Annual report on the health of the army in India
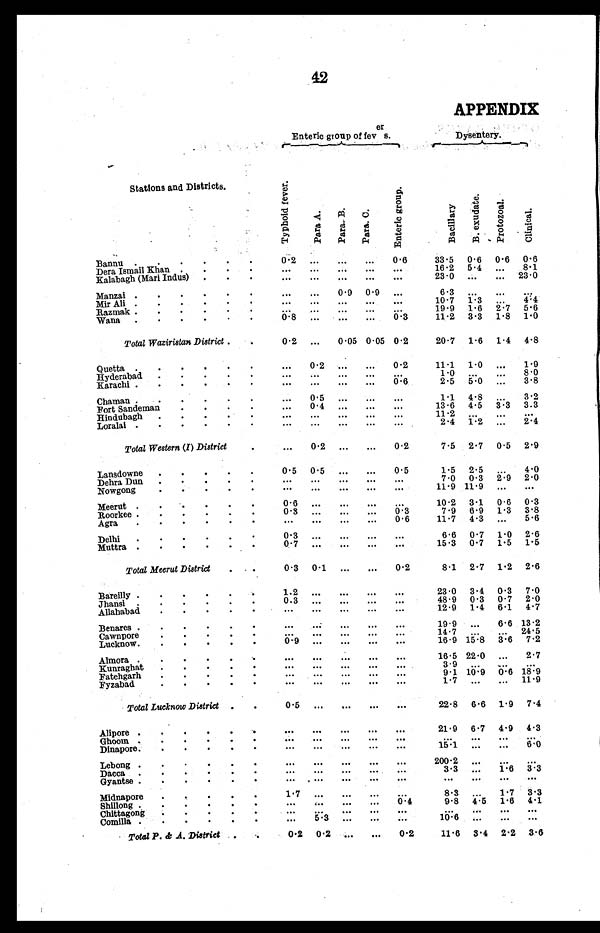
42
APPENDIX
Enteric group of fevers.
.
Dysentery.
Stations and Districts.
T y p h o i d f e v e r
Part.A.
Part.B.
Part.C.
E n t e r i c g r o u p
Ba c i l l a r y
B. exudat e
Pr ot ozoal
Cl i ni c al
Bannu .
. . . . .
Dera Ismail Khan . . . .
Kalabagh (Mari Indus)
. . .
0.2
. . .
...
"
...
...
...
...
...
...
...
...
0.6
...
...
33.5
16.2
23.0
0 . 6
5 . 4
...
0 . 6
...
...
0 . 6
8.1
23.0
Manzai .
.
.
.
.
.
Mir Ali .
. . . . .
Razmak .
.
.
. .
Wana
.
.
.
.
.
.
. . .
...
0.8
...
...
..::
0 .9
...
.
0.9
...
:::
. . .
...
0.3
6.3
10.7
19 .9
11.2
. .
1.. 3
1 . 6
3 . 3
...
. .
2 . 7
1 . 8
V4
5.6
1.0
Total Waziristan District .
0.2
...
0.05 0 . 05 0 . 2
20.7
1 . 6
1 . 4
4.8
Quetta .
.
.
. . .
Hyderabad.
.
.
.
.
Karachi .
.
.
.
.
.
...
...
. . .
0.2
...
. . .
...
...
. . .
...
...
. . .
0.2
...
0.6
11.1
1.0
2.5
1 . 0
.
5 .
. . .
...
1.9
8.0
3.8
Chaman .
.
Fort Sandeman
.
. . .
Hindubagh
.
.
.
Loralai .
.
.
.
.
.
...
..
...
...
...
...
...
...
...
...
1.1
13.6
11 .2
2.4
4 . 8
4 . 5
1 . 2
..
. ..
3 . 3
...
...
3.2
3.3
2.4
Total Western (I) District
...
0.2
...
...
0.2
7.5
2 . 7
0 . 5
2.9
Lansdowne
.
.
.
.
.
Dehra Dun
.
.
.
.
.
Nowgong
.
.
.
.
.
0.5
... .
0.5.
...
. . .
...
...
. . .
...
...
. ..
0.5
...
...
1.5
7.0
11.9
2.5
0.3
11.9
. .
2 . 9
4.0
2 . 0
Meerut .....
.
Roorkee .
.
.
.
.
.
Agra
.
.
.
.
.
.
0.3
...
...
...
0.3
10.2
7.9
11.7
3 . 1
6 . 9
4.3
0 . 6
13
...
0 . 3
3.8
5.6
Delhi
.
.
.
.
.
.
Muttra .
.
.
.
.
.
0.7
...
. . .
. . .
...
6.6
15.3
0.7
0.7
1 . 0
1 . 5
2 . 6
1.5
Total Meerut District
. . .
0.3
0 . 1
...
...
0.2
8.1
2 . 7
1 . 2
2.6
Bareilly .
.
.
.
Jhansi .
.
.
.
.
Allahabad
.
.
.
.
.
1.2
0.3
...
...
...
...
...
23 .0
48.9
12.9
3 . 4
0 . 3
1.1
0 . 3
0 . 7
6 . 1
7.0
2.0
4.7
Benares .
.
.
.
.
.
Cawnpore
.
.
.
.
.
Lucknow.
.
.
.
.
.
19.9
14.7
16.9
...
15 . 8
6.6
. .
3.6
13.2
24.5
7.2
Kunra
Almora .
.
.
.
.
ghat
.
.
.
.
.
Fatehgarh
.
.
.
.
Fyzabad
...
...
. . .
...
...
. . .
...
...
...
. . .
...
...
...
. ..
...
...
...
...
16.5
3.9
9.1
1.7
22.0
...
10 . 9
...
...
...
0.6
...
2.7
19
11-9
Total Lucknow District .
.
0.5
. . .
. . .
. . .
...
22.8
6 . 6
1 . 9
7.4
Alipore .
.
.
.
.
.
Ghoom . . . . . .
Dinapore.
.
.
.
.
.
..
...
...
...
. .
....
. . .
.
. . .
.
...
...
. .
...
..
...
...
21.9
15.1
6 . 7
..
...
4 . 9
... ...
4 . 3
6.0
Lebong .
.
.
.
.
.
Dacca
.
.
.
.
.
.
Gyantse .
.
.
.
.
.
...
. . .
... .
...
. . .
...
...
...
. ..
...
...
...
...
...
...
200.2
3.3
. . .
...
...
...
. .
16
..
.
3.3
..
Midnapore
.
.
.
.
•
Shillong .
Chittagong
.
.
.
.
Comilla .
.
.
. .
. . .
...
. . .
...
. . .
.
...
...
. .
...
0.4
8.3
9.8
10 . 6
. .
4.5
..
:...
1.7
1 . 6
. .::
3 . 3
4.1
.
...
• Total P. & A.District
.
0.2
0 . 2
...
...
0.2
11.6 3 . 4 2 . 2 3.6